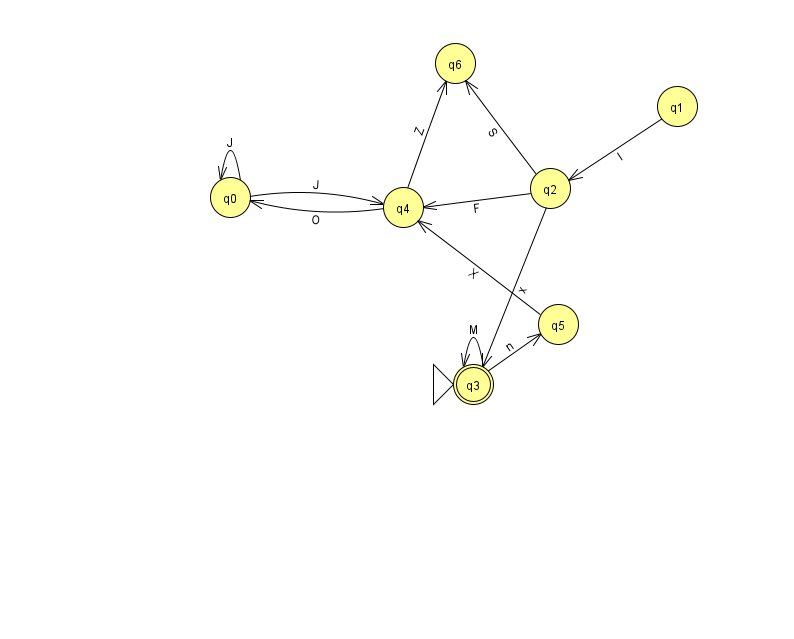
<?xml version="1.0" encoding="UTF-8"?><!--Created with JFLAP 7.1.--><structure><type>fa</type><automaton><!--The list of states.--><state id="0" name="q0"><x>230.0</x><y>184.0</y></state><state id="1" name="q1"><x>677.0</x><y>93.0</y></state><state id="2" name="q2"><x>550.0</x><y>175.0</y></state><state id="3" name="q3"><x>473.0</x><y>371.0</y><initial/><final/></state><state id="4" name="q4"><x>403.0</x><y>194.0</y></state><state id="5" name="q5"><x>558.0</x><y>311.0</y></state><state id="6" name="q6"><x>455.0</x><y>50.0</y></state><!--The list of transitions.--><transition><from>0</from><to>4</to><read>J</read></transition><transition><from>4</from><to>0</to><read>O</read></transition><transition><from>3</from><to>5</to><read>n</read></transition><transition><from>1</from><to>2</to><read>I</read></transition><transition><from>2</from><to>3</to><read>x</read></transition><transition><from>0</from><to>0</to><read>J</read></transition><transition><from>5</from><to>4</to><read>X</read></transition><transition><from>2</from><to>4</to><read>F</read></transition><transition><from>3</from><to>3</to><read>M</read></transition><transition><from>4</from><to>6</to><read>Z</read></transition><transition><from>2</from><to>6</to><read>S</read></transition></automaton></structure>